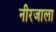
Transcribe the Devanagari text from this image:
नीरजाला